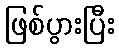
ဖြစ်ပွားပြီး